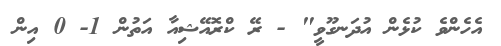
އެހެންވެ ކުޅެން އުދަނގޫވީ" - ރޭ ކްރޮއޭޝިއާ އަތުން 1- 0 އިން